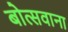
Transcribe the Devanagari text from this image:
बोत्‍सवाना